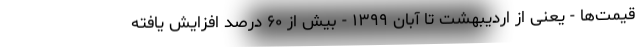
قیمت‌ها - یعنی از اردیبهشت تا آبان ۱۳۹۹ - بیش از ۶۰ درصد افزایش یافته